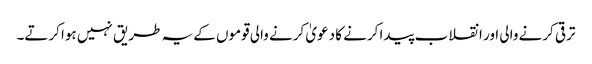
ترقی کرنے والی اور انقلاب پیدا کرنے کا دعویٰ کرنے والی قوموں کے یہ طریق نہیں ہوا کرتے۔